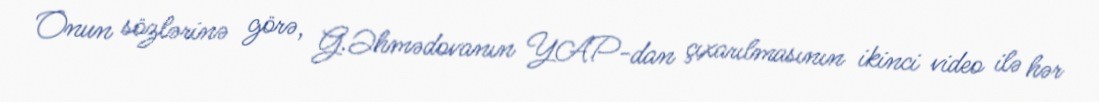
Onun sözlərinə görə, G.Əhmədovanın YAP-dan çıxarılmasının ikinci video ilə hər